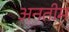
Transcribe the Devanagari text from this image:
अनतीम